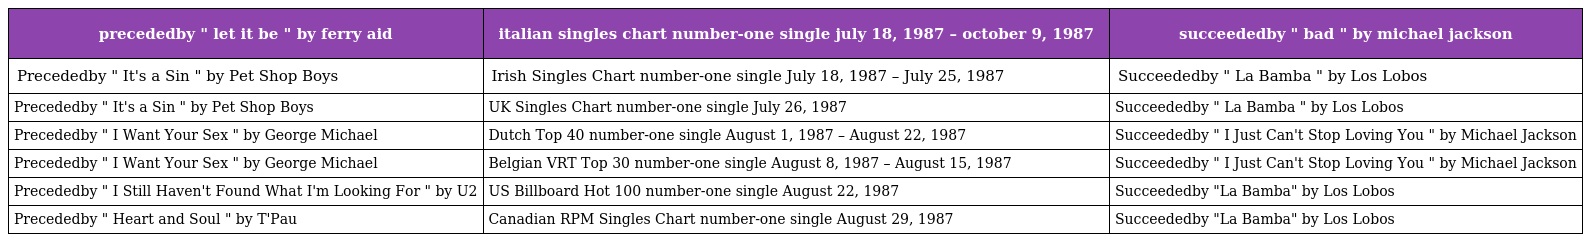
| precededby " let it be " by ferry aid | italian singles chart number-one single july 18, 1987 – october 9, 1987 | succeededby " bad " by michael jackson |
 | --- | --- | --- |
 | Precededby " It's a Sin " by Pet Shop Boys | Irish Singles Chart number-one single July 18, 1987 – July 25, 1987 | Succeededby " La Bamba " by Los Lobos |
 | Precededby " It's a Sin " by Pet Shop Boys | UK Singles Chart number-one single July 26, 1987 | Succeededby " La Bamba " by Los Lobos |
 | Precededby " I Want Your Sex " by George Michael | Dutch Top 40 number-one single August 1, 1987 – August 22, 1987 | Succeededby " I Just Can't Stop Loving You " by Michael Jackson |
 | Precededby " I Want Your Sex " by George Michael | Belgian VRT Top 30 number-one single August 8, 1987 – August 15, 1987 | Succeededby " I Just Can't Stop Loving You " by Michael Jackson |
 | Precededby " I Still Haven't Found What I'm Looking For " by U2 | US Billboard Hot 100 number-one single August 22, 1987 | Succeededby "La Bamba" by Los Lobos |
 | Precededby " Heart and Soul " by T'Pau | Canadian RPM Singles Chart number-one single August 29, 1987 | Succeededby "La Bamba" by Los Lobos |